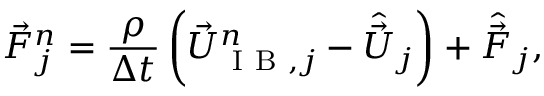
\vec { F } _ { j } ^ { n } = \frac { \rho } { \Delta t } \left( \vec { U } _ { \mathrm { ~ I ~ B ~ } , j } ^ { n } - \hat { \vec { U } } _ { j } \right) + \hat { \vec { F } } _ { j } ,